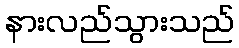
နားလည်သွားသည်